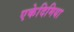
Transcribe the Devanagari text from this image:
एकेदिमिया